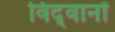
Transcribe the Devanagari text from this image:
विद्‍वानों